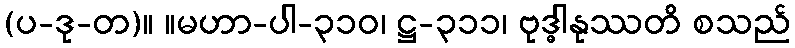
(ပ-ဒု-တ)။ ။မဟာ-ပါ-၃၁၀၊ ဋ္ဌ-၃၁၁၊ ဗုဒ္ဓါနုဿတိ စသည်